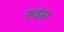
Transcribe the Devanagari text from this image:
रुइंस